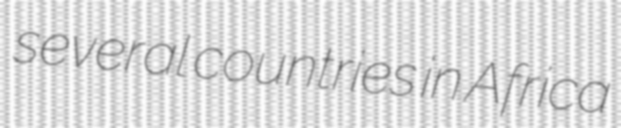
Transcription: several countries in Africa